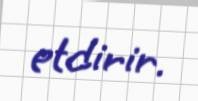
etdirir.